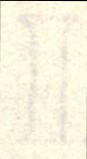
I